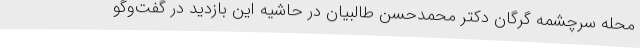
محله سرچشمه گرگان دکتر محمدحسن طالبیان در حاشیه این بازدید در گفت‌وگو